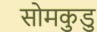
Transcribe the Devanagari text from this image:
सोमकुडु